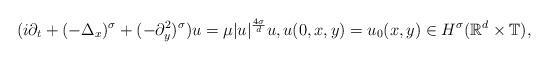
LaTeX: \begin{align*} (i\partial_t+(-\Delta_{x})^{\sigma} + (-\partial_{y}^{2})^{\sigma})u= \mu |u|^{\frac{4\sigma}{d}}u,u(0,x,y)= u_0(x,y)\in H^{\sigma}(\mathbb{R}^d\times \mathbb{T}),\end{align*}